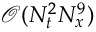
\mathcal { O } ( N _ { t } ^ { 2 } N _ { x } ^ { 9 } )